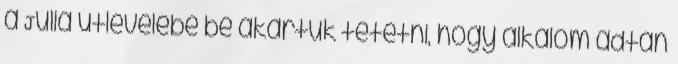
a Júlia útlevelébe be akartuk tetetni, hogy alkalom adtán